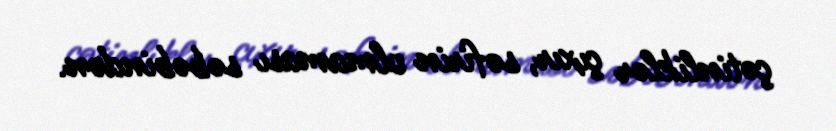
çətinliklər çıxır, səfirin olmaması səbəbindən.